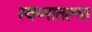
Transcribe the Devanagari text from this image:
स्वप्नातल्या